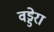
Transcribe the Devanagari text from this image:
वड्डेरा